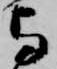
与